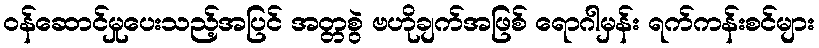
ဝန်ဆောင်မှုပေးသည့်အပြင် အတ္တစွဲ ဗဟိုချက်အဖြစ် ရောဂါမှန်း ရက်ကန်းစင်များ